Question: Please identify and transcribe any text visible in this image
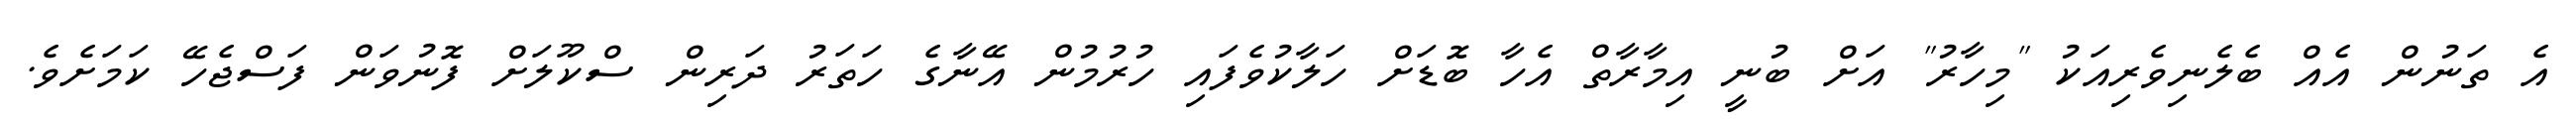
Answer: އެ ތަނުން އެއް ބެލެނިވެރިއަކު "މިހާރު" އަށް ބުނީ އިމާރާތް އެހާ ބޮޑަށް ހަލާކުވެފައި ހުރުމުން އޭނާގެ ހަތަރު ދަރިން ސްކޫލަށް ފޮނުވަން ފަސްޖެހޭ ކަމަށެވެ.